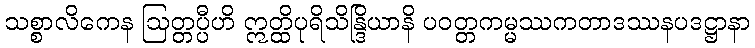
သစ္စာလိကေန ဩတ္တပ္ပီဟိ ဣတ္ထိပုရိသိန္ဒြိယာနိ ပဝတ္တကမ္မဿကတာဒဿနပဒဋ္ဌာနာ